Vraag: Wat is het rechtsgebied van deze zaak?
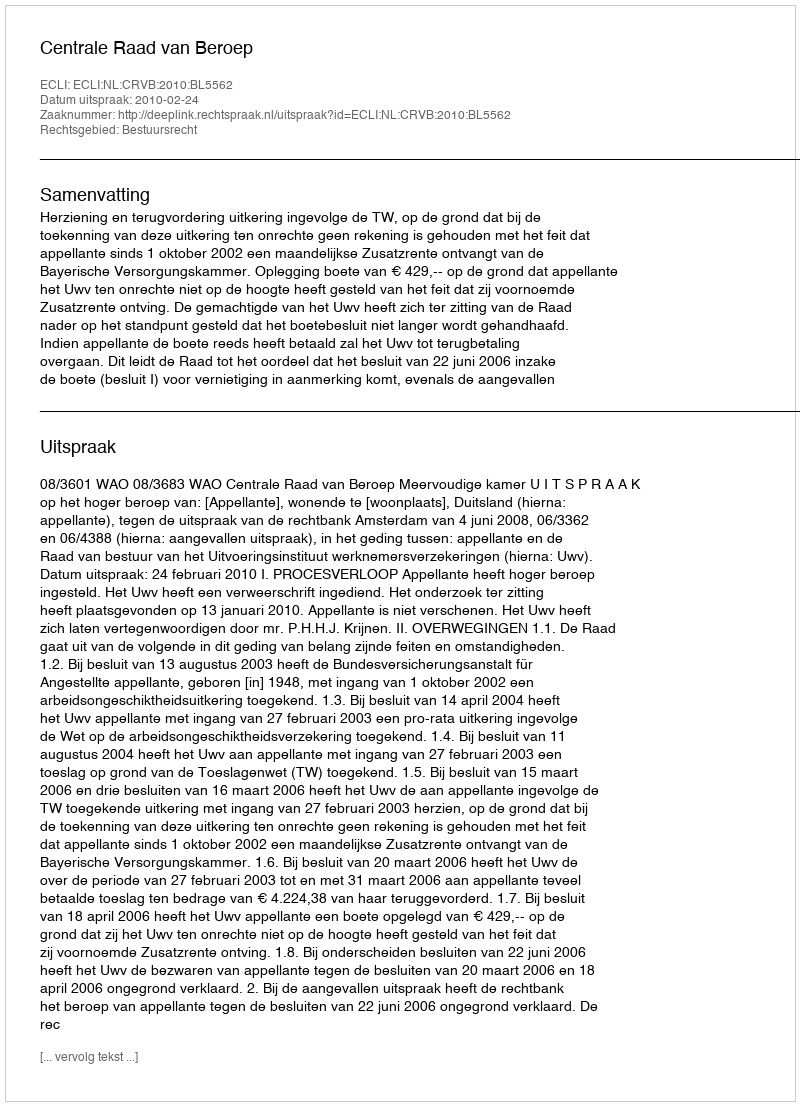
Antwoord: Bestuursrecht